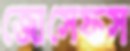
জোসেফস